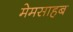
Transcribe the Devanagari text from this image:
मेमसाहब